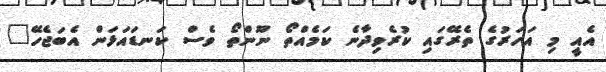
އެއީ މި އަހަރުގެ ތެރޭގައި ކުރެވިދާނެ ކަމެއްތޯ ނޫންތޯ ވެސް ކަނޑައަޅަން އެބަޖެހޭ"